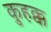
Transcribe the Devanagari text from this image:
कुहक्क